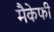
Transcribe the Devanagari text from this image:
मैकेफी